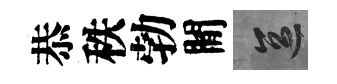
恭秩勃閒區